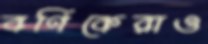
বণিকেরাও